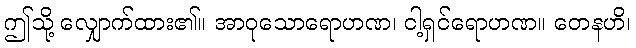
ဤသို့ လျှောက်ထား၏။ အာဝုသောရောဟဏ၊ ငါ့ရှင်ရောဟဏ။ တေနဟိ၊